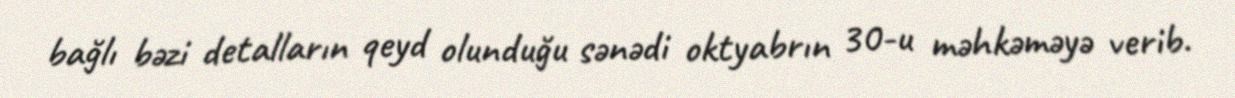
bağlı bəzi detalların qeyd olunduğu sənədi oktyabrın 30-u məhkəməyə verib.